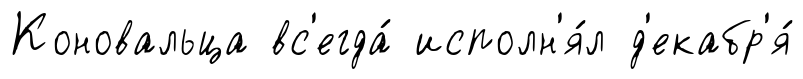
Коновальца вс'егда́ исполн'я́л д'екабр'я́